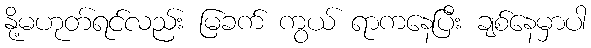
နို့မဟုတ်ရင်လည်း မြခက် ကွယ် ရာကနေပြီး ချစ်နေမှာပါ